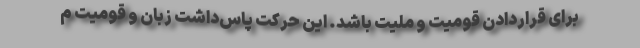
برای قراردادن قومیت و ملیت باشد. این حرکت پاس‌داشت زبان و قومیت م